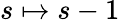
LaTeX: s\mapsto s-1